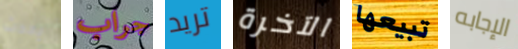
يحدث جراب تريد الآخرة تبيعها الإجابه